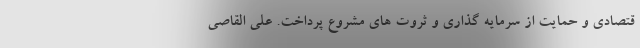
قتصادی و حمایت از سرمایه گذاری و ثروت های مشروع پرداخت. علی القاصی